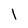
Character: 1